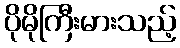
ပိုမိုကြီးမားသည့်